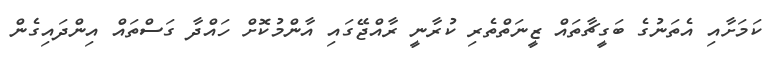
ކަމަށާއި އެތަނުގެ ބަގީޗާތައް ޒީނަތްތެރި ކުރާނީ ރާއްޖޭގައި އާންމުކޮށް ހައްދާ ގަސްތައް އިންދައިގެން